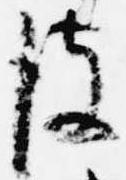
彼